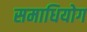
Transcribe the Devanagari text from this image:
समाधियोग